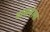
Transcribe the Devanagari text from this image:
वासनेला